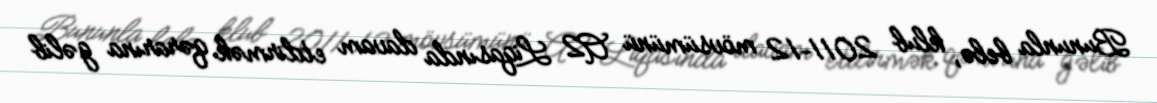
Bununla belə, klub 2011–12 mövsümünü A2 Liqasında davam etdirmək qərarına gəlib